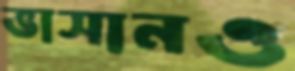
ভাসানও